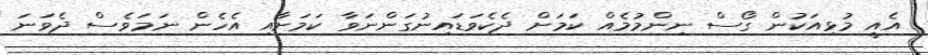
އެއީ މުޅިއަކުން ގޯސް ނިންމުމެއް ކަމަށް ދެކެވަޑައިނުގަންނަވާ ކަމަށާއި އެހެން ނަމަވެސް ދެވަނަ